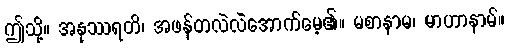
ဤသို့။ အနုဿရတိ၊ အဖန်တလဲလဲအောက်မေ့၏။ မစာနာမ၊ မာဟာနာမ်။